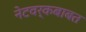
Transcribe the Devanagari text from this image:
नेटवर्कबाबत